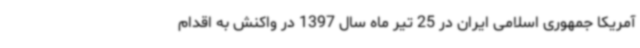
آمریکا جمهوری اسلامی ایران در 25 تیر ماه سال 1397 در واکنش به اقدام